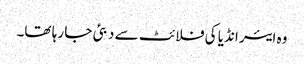
وہ ایئر انڈیا کی فلائٹ سے دبئی جا رہا تھا۔